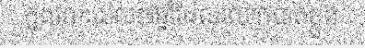
ក្នុងរយៈពេល៧ឆ្នាំដែលលោកបាត់ខ្លួន